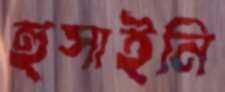
হুসাইনি